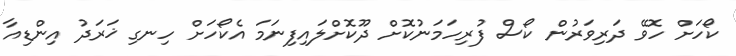
ކޯހަށް ހޮވޭ ދަރިވަރުން ކޯސް ފުރިހަމަނުކޮށް ދޫކޮށްލައިފިނަމަ އެކޯހަށް ހިނގި ޚަރަދު އިންޑިއާ